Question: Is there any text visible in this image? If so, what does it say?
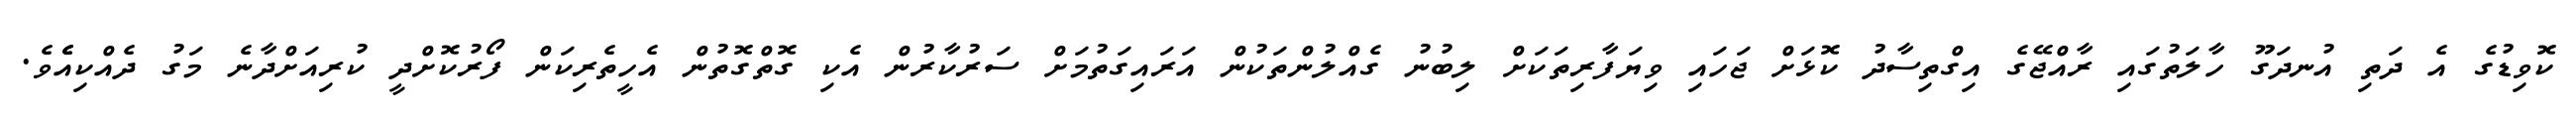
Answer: ކޮވިޑުގެ އެ ދަތި އުނދަގޫ ހާލަތުގައި ރާއްޖޭގެ އިގްތިސާދު ކޮޅަށް ޖަހައި ވިޔަފާރިތަކަށް ލިބުނު ގެއްލުންތަކުން އަރައިގަތުމަށް ސަރުކާރުން އެކި ގޮތްގޮތުން އެހީތެރިކަން ފޯރުކޮށްދީ ކުރިއަށްދާނެ މަގު ދެއްކިއެެވެ.